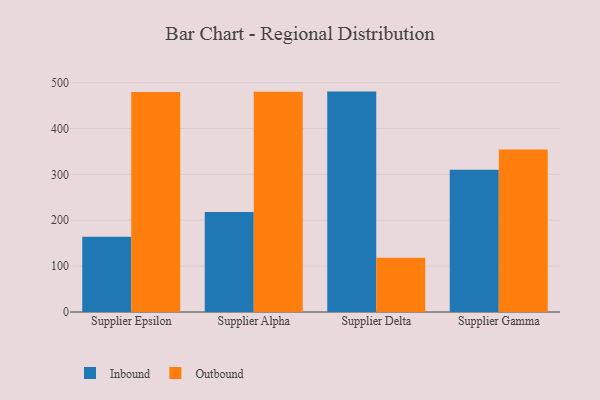
{"axis": {"x": "Supplier", "y": "Shipments"}, "legend": ["Inbound", "Outbound"], "data": [{"x": "Supplier Epsilon", "y": 164.1, "type": "Inbound"}, {"x": "Supplier Epsilon", "y": 479.4, "type": "Outbound"}, {"x": "Supplier Alpha", "y": 218.2, "type": "Inbound"}, {"x": "Supplier Alpha", "y": 480.1, "type": "Outbound"}, {"x": "Supplier Delta", "y": 480.5, "type": "Inbound"}, {"x": "Supplier Delta", "y": 118.5, "type": "Outbound"}, {"x": "Supplier Gamma", "y": 310.2, "type": "Inbound"}, {"x": "Supplier Gamma", "y": 354.4, "type": "Outbound"}]}